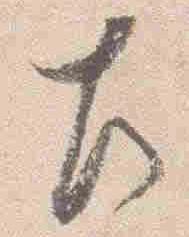
左